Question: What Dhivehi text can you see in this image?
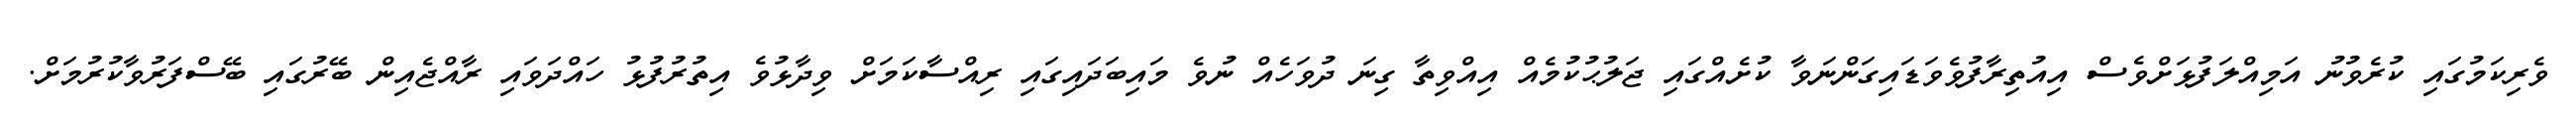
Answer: ވެރިކަމުގައި ކުރެވުނު އަމިއްލަފުޅަށްވެސް އިއުތިރާފުވެވަޑައިގަންނަވާ ކުށެއްގައި ޖަލުޙުކުމެއް އިއްވިތާ ގިނަ ދުވަހެއް ނުވެ މައިބަދައިގައި ރިއްސާކަމަށް ވިދާޅުވެ އިތުރުފުޅު ހައްދަވައި ރާއްޖެއިން ބޭރުގައި ބޭސްފަރުވާކުރުމަށް.